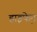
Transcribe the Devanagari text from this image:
हाइफे़न